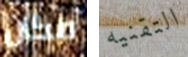
مكان التقنيه